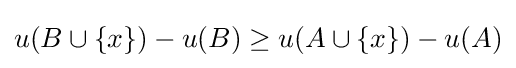
u(B\cup \{x\})-u(B)\geq u(A\cup \{x\})-u(A)